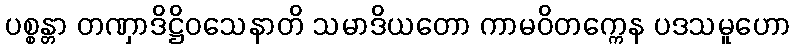
ပစ္စန္တာ တဏှာဒိဋ္ဌိဝသေနာတိ သမာဒိယတော ကာမဝိတက္ကေန ပဒသမူဟော